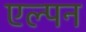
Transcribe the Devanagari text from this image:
एल्पन